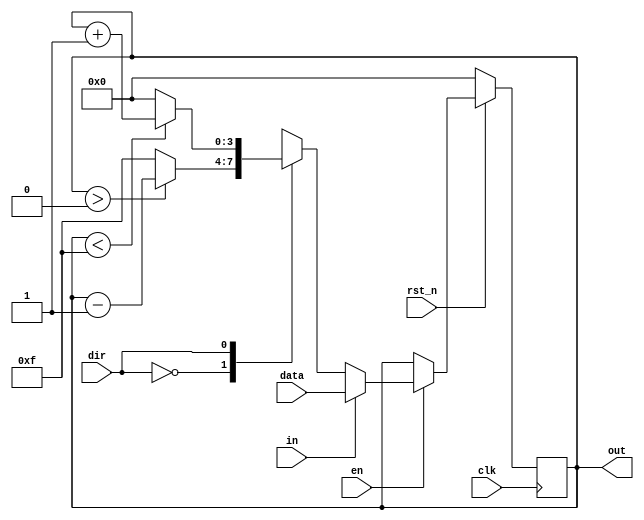
module lab2_1(clk, rst_n, en, dir,in,data, out);
    input clk,rst_n,en,dir,in;
    input [3:0] data;
    output [3:0] out;
    
    reg [3:0] out=0;
    
    always@(posedge clk)begin
        if(rst_n==0) out = 4'b0000;
        else if(en==1'b1)begin
            if(in ==1)begin
                out = data;
            end
            else begin 
                case(dir)
                    0:begin
                        if(out>4'b0000) out = out-1;
                        else out = 4'b1111;
                    end
                    1:begin
                        if(out<4'b1111) out = out+1;
                        else out = 4'b0000;
                    end
                 endcase
             end
         end   
    end
    
endmodule